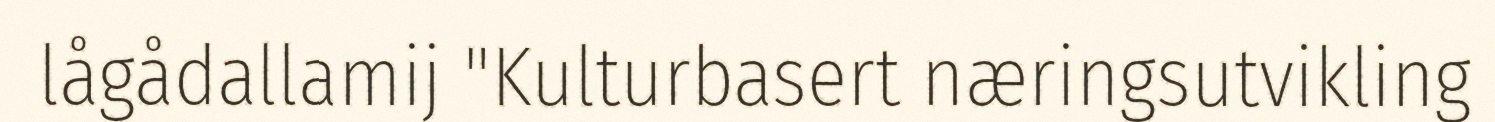
lågådallamij "Kulturbasert næringsutvikling